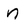
Character: n